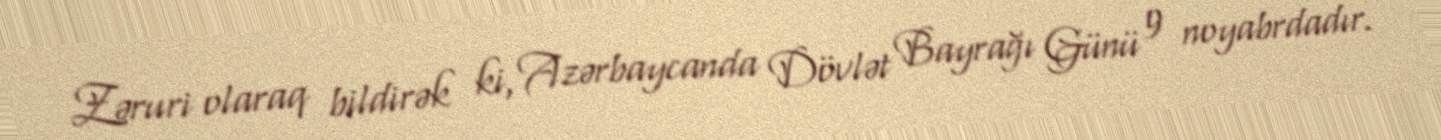
Zəruri olaraq bildirək ki, Azərbaycanda Dövlət Bayrağı Günü 9 noyabrdadır.